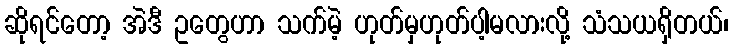
ဆိုရင်တော့ အဲဒီ ဥတွေဟာ သက်မဲ့ ဟုတ်မှဟုတ်ပါ့မလားလို့ သံသယရှိတယ်၊